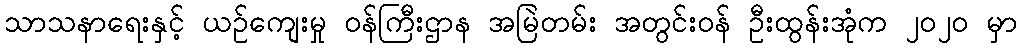
သာသနာရေးနှင့် ယဉ်ကျေးမှု ဝန်ကြီးဌာန အမြဲတမ်း အတွင်းဝန် ဦးထွန်းအုံက ၂၀၂၀ မှာ